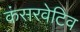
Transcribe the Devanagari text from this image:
कंसरवेटिव